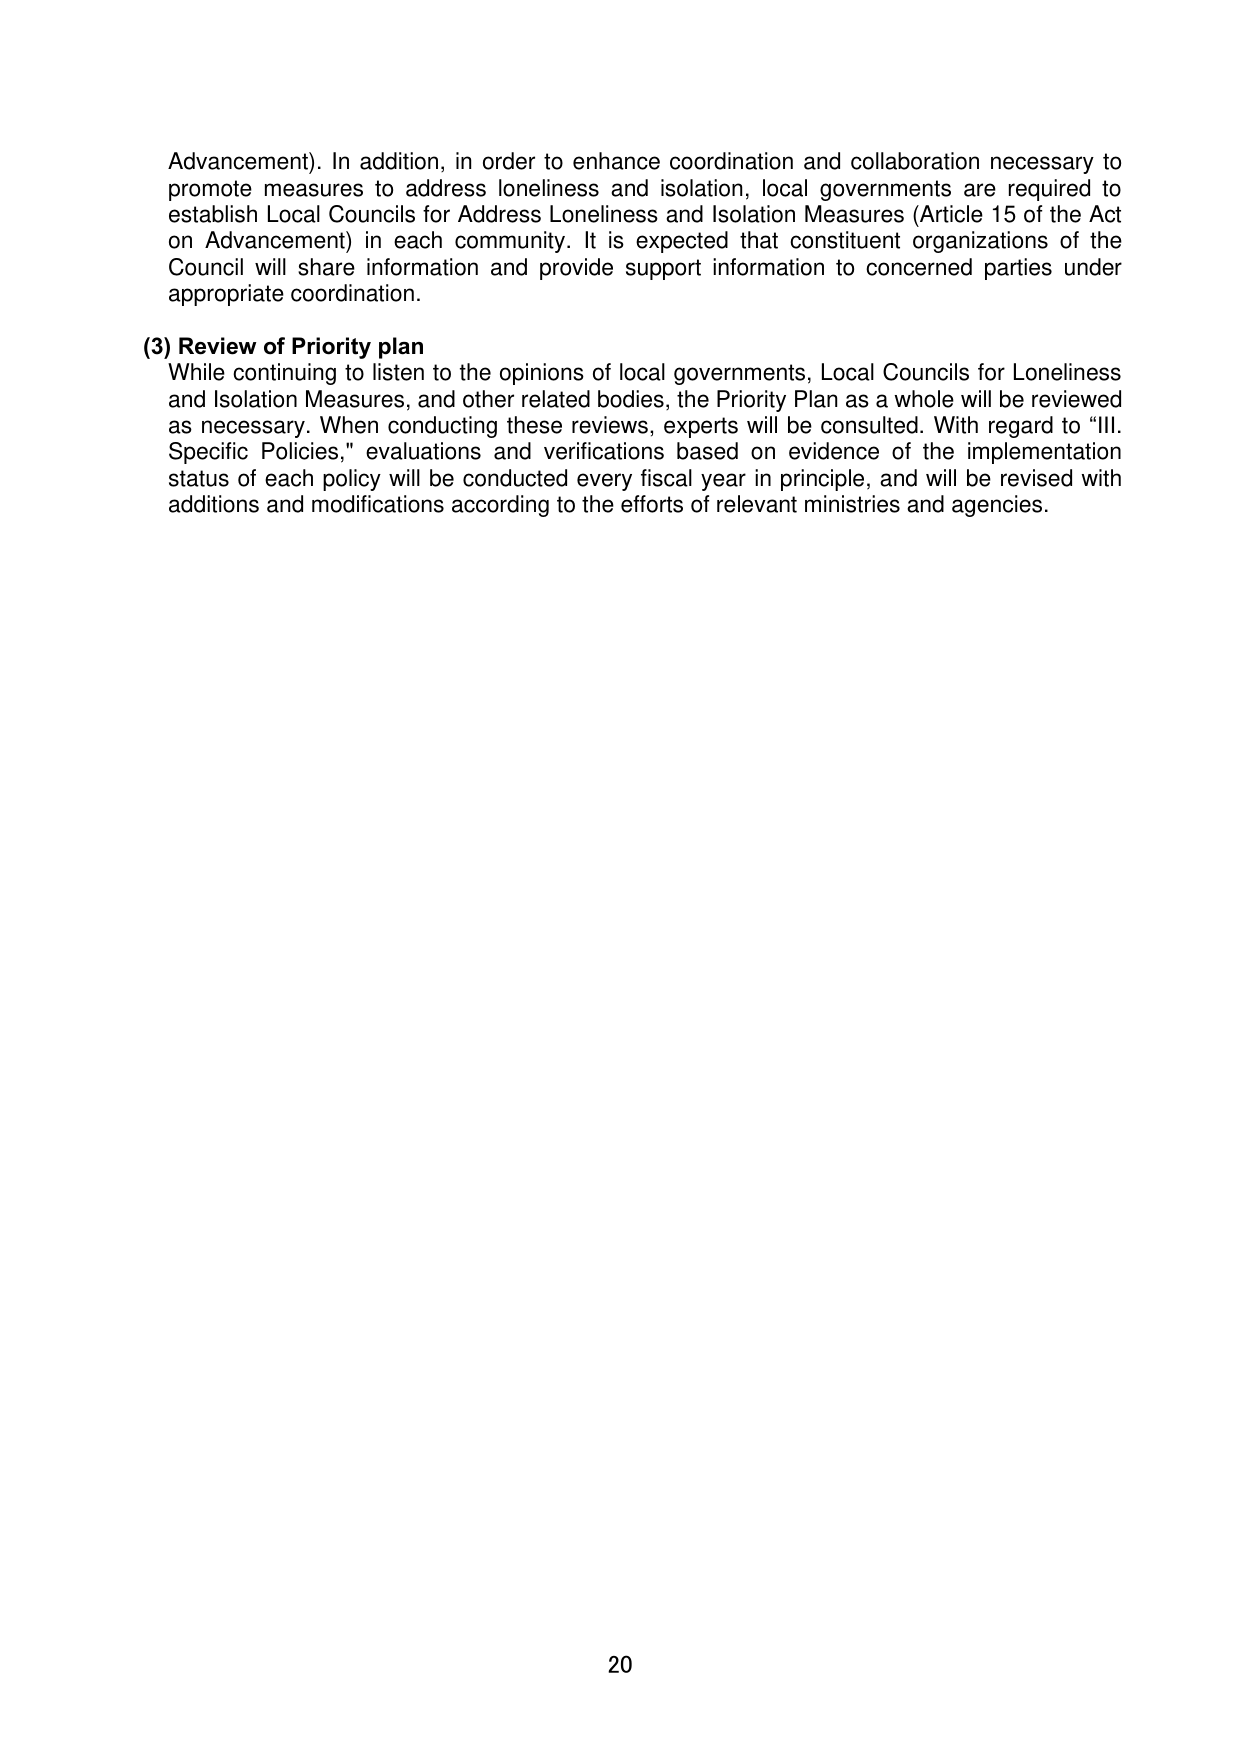
Advancement). In addition, in order to enhance coordination and collaboration necessary to promote measures to address loneliness and isolation, local governments are required to establish Local Councils for Address Loneliness and Isolation Measures (Article 15 of the Act on Advancement) in each community. It is expected that constituent organizations of the Council will share information and provide support information to concerned parties under appropriate coordination.

(3) Review of Priority plan
While continuing to listen to the opinions of local governments, Local Councils for Loneliness and Isolation Measures, and other related bodies, the Priority Plan as a whole will be reviewed as necessary. When conducting these reviews, experts will be consulted. With regard to “III. Specific Policies,” evaluations and verifications based on evidence of the implementation status of each policy will be conducted every fiscal year in principle, and will be revised with additions and modifications according to the efforts of relevant ministries and agencies.

20